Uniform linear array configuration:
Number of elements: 64
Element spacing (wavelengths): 0.75
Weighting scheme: exponential
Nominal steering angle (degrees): -30
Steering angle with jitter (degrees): -28.543
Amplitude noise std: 0.05
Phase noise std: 0.05

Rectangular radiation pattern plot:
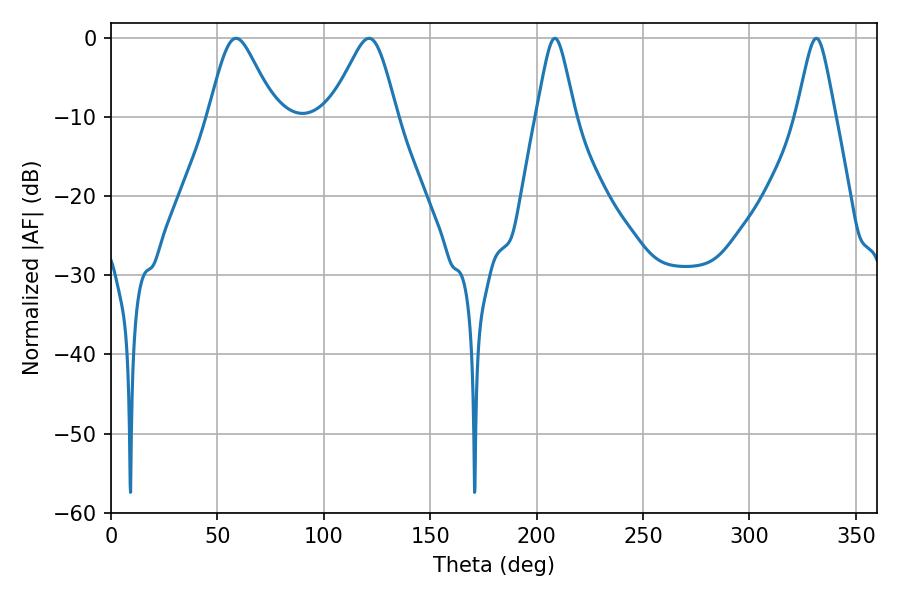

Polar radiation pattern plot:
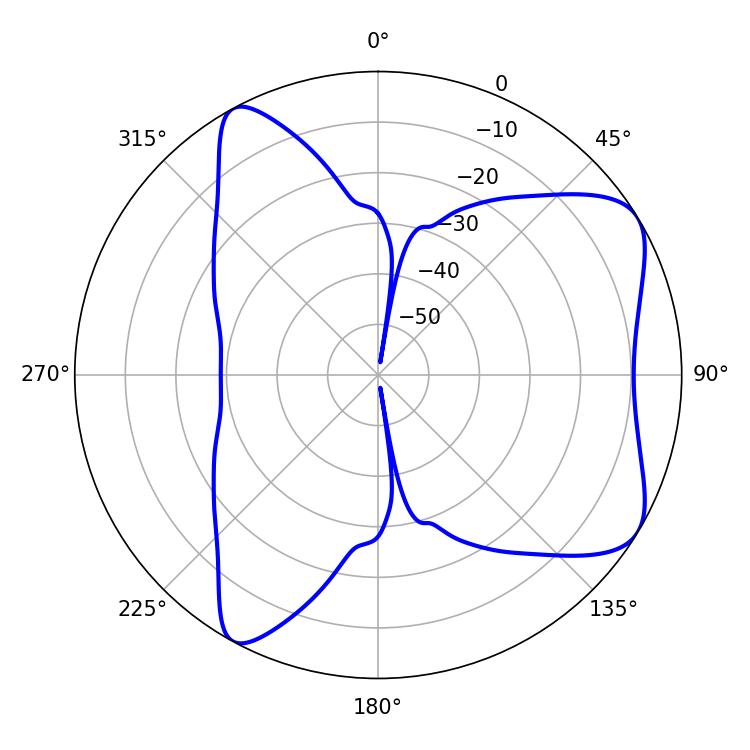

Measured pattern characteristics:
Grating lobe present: TRUE
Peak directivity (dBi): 6.971
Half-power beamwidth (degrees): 8.64
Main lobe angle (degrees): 208.62